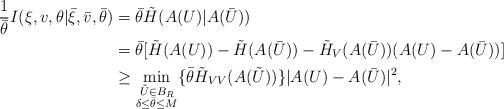
LaTeX: \begin{align*}\frac{1}{\bar{\theta}}I(\xi,v,\theta|\bar{\xi},\bar{v},\bar{\theta})&=\bar{\theta}\tilde{H}(A(U)|A(\bar{U}))\\&=\bar{\theta}[\tilde{H}(A(U))-\tilde{H}(A(\bar{U}))-\tilde{H}_V(A(\bar{U}))(A(U)-A(\bar{U}))]\\&\geq\min_{\substack{\tilde{U}\in B_R \\ \delta\leq\bar{\theta}\leq M}}\{\bar{\theta}\tilde{H}_{VV}(A(\tilde{U}))\}|A(U)-A(\bar{U})|^2,\end{align*}